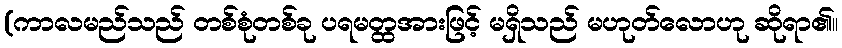
(ကာလမည်သည် တစ်စုံတစ်ခု ပရမတ္ထအားဖြင့် မရှိသည် မဟုတ်လောဟု ဆိုရာ၏။